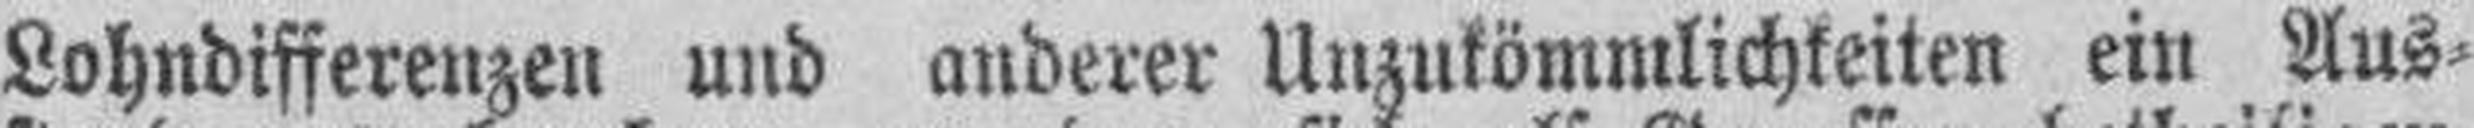
Lohndifferenzen und anderer Unzukömmlichkeiten ein Aus¬